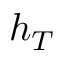
h _ { T }